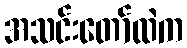
အသင်းတော်ထဲက